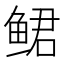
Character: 鲪